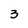
Character: 3